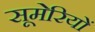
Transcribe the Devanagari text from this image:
सूमेरियों